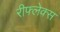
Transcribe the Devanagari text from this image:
रीफ्लेक्स